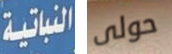
النباتية حولى